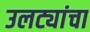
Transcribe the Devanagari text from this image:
उलट्यांचा